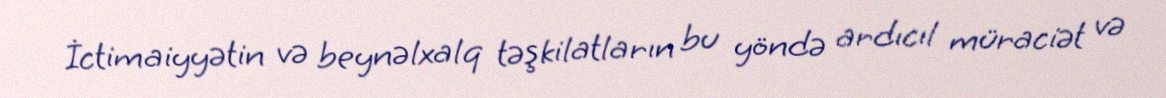
İctimaiyyətin və beynəlxalq təşkilatların bu yöndə ardıcıl müraciət və